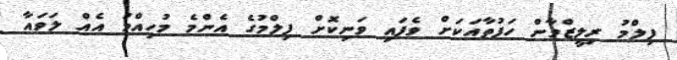
ފިލްމު ރިލީޒްވާން ހަފުތާއަކަށް ވެފައި ވަނިކޮށް ފިލްމުގެ އެންމެ މުހިއްމު އެއް ލަވައާ